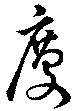
慶